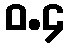
ဝ.၄